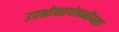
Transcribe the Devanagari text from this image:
उपभोक्तागोपनीयता